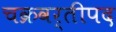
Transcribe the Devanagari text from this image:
चक्रवर्तीपद